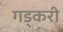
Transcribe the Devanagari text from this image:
गड्करी